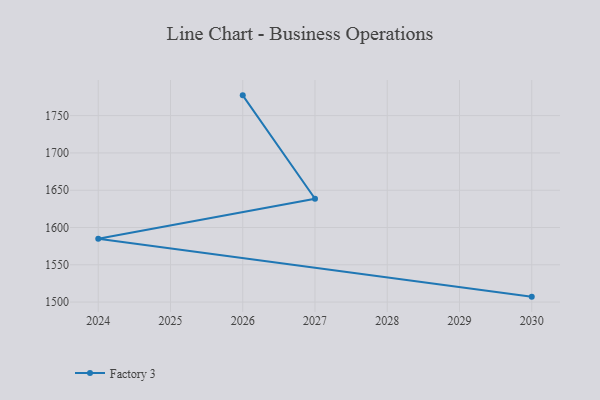
{"axis": {"x": "Year", "y": "Production Output"}, "legend": ["Factory 3"], "data": [{"x": "2026", "y": 1777.2, "type": "Factory 3"}, {"x": "2027", "y": 1638.5, "type": "Factory 3"}, {"x": "2024", "y": 1585.0, "type": "Factory 3"}, {"x": "2030", "y": 1507.3, "type": "Factory 3"}]}